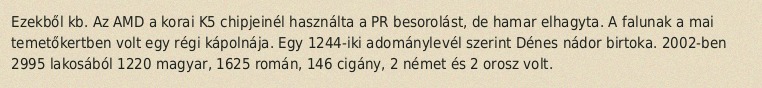
Ezekből kb. Az AMD a korai K5 chipjeinél használta a PR besorolást, de hamar elhagyta. A falunak a mai temetőkertben volt egy régi kápolnája. Egy 1244-iki adománylevél szerint Dénes nádor birtoka. 2002-ben 2995 lakosából 1220 magyar, 1625 román, 146 cigány, 2 német és 2 orosz volt.